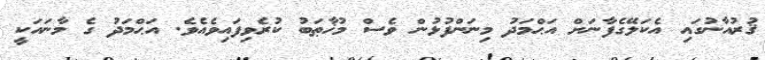
ޤުރުއާނުގައި އެކަލޭގެފާނަށް އަޙްމަދު މިނަންފުޅުން ވެސް މުޚާޠަބު ކުރެވިފައިވެއެވެ. އަޙްމަދު ގެ މާނައަކީ